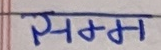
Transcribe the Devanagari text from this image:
सम्म